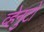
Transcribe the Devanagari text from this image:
व्हेनुटो